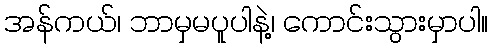
အန်ကယ်၊ ဘာမှမပူပါနဲ့၊ ကောင်းသွားမှာပါ။